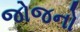
જોજનો